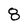
Character: 8